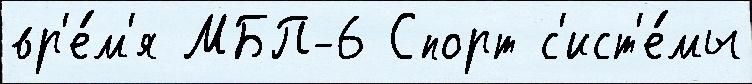
вр'е́м'я МБП-6 Спорт с'ист'е́мы